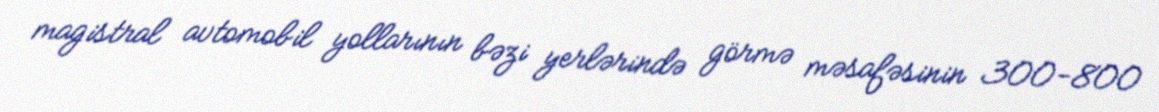
magistral avtomobil yollarının bəzi yerlərində görmə məsafəsinin 300-800